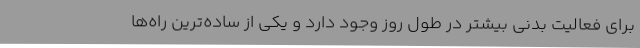
برای فعالیت بدنی بیشتر در طول روز وجود دارد و یکی از ساده‌ترین راه‌ها